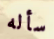
سأله